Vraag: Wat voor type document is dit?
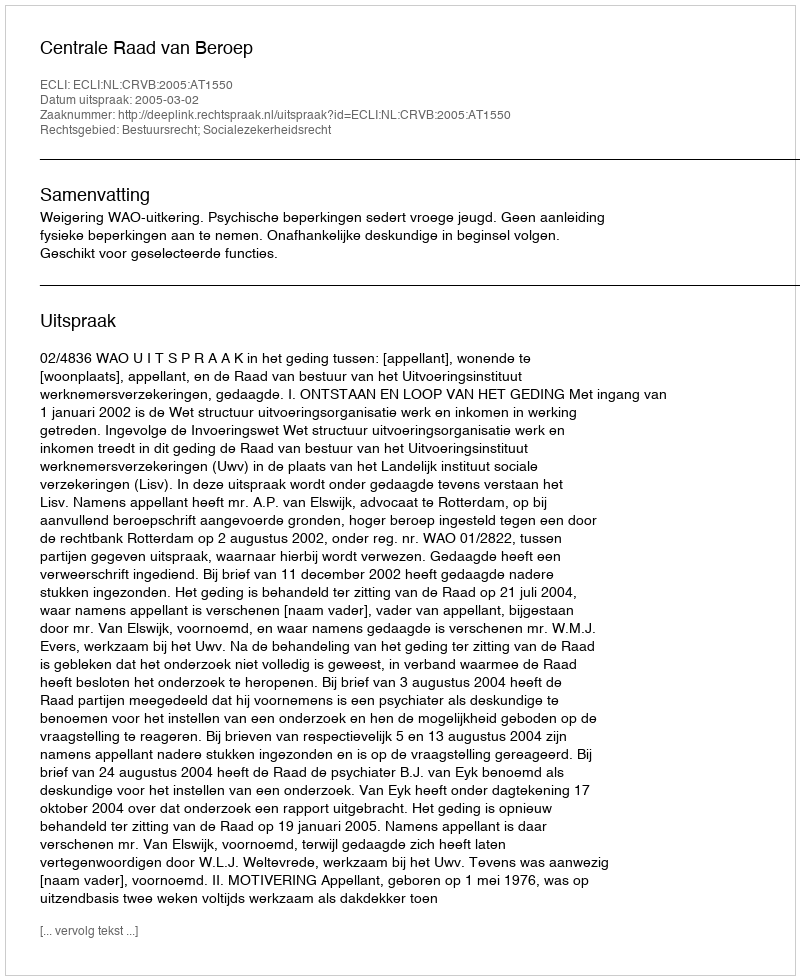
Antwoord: Uitspraak